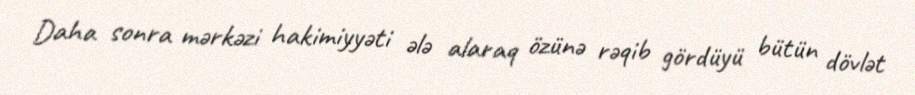
Daha sonra mərkəzi hakimiyyəti ələ alaraq özünə rəqib gördüyü bütün dövlət